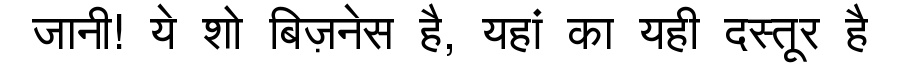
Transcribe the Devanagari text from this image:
जानी! ये शो बिज़नेस है, यहां का यही दस्तूर है